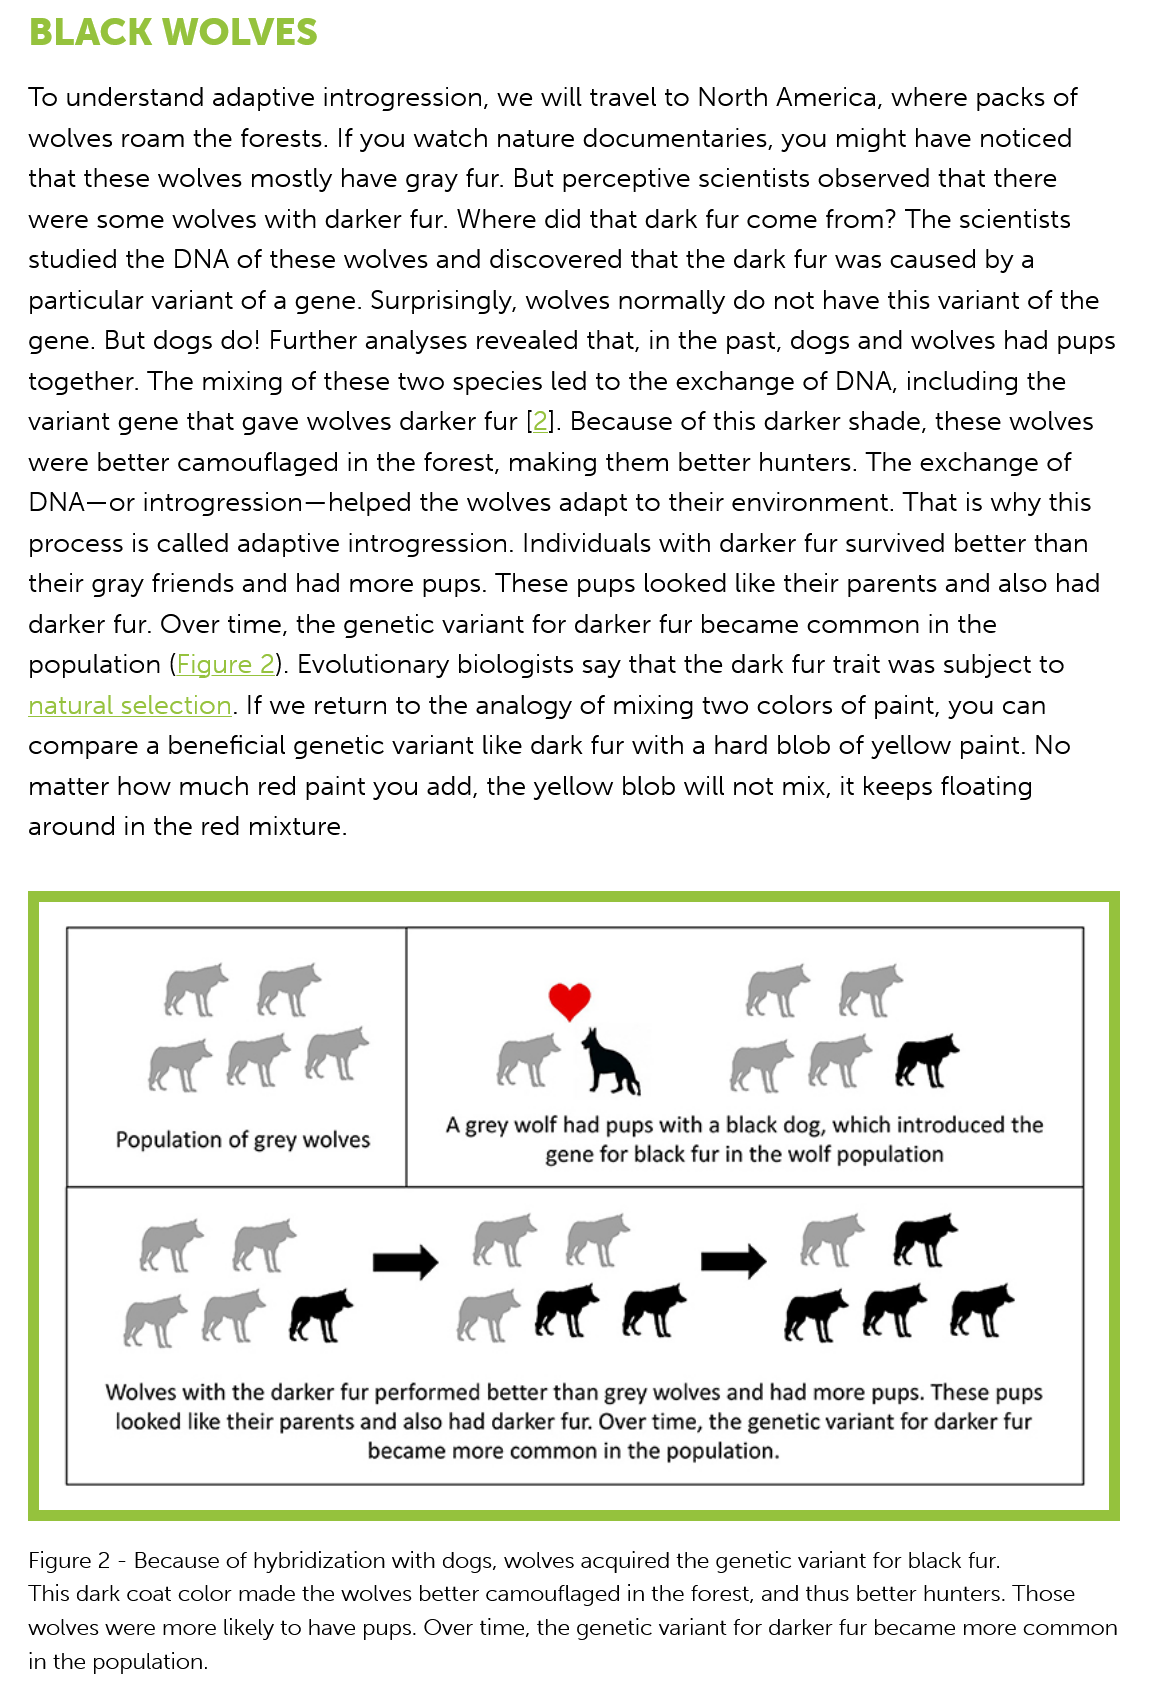
BLACK    WOLVES
     a@ad    ¥    et    ee
     A grey wolf had pups with a black dog, which introduced the
     Population of grey wolves
     gene for black fur in the wolf population
     ce    mee    om
     cet    ete    mete
     Wolves with the darker fur performed better than grey wolves and had more pups. These pups
     looked like their parents and also had darker fur. Over time, the genetic variant for darker fur
     became more common in the population.
   Figure 2
     -
     Because of hybridization with dogs, wolves acquired the genetic variant for black fur.
   This dark coat color made the wolves better camouflaged in the forest, and thus better hunters. Those
   wolves were more likely to have pups. Over time, the genetic variant for darker fur became more common
   in the population.
   To understand adaptive introgression, we will travel to North America, where packs of
   wolves roam  the forests. If you watch nature documentaries, you might have noticed
   that these wolves mostly have gray fur. But perceptive scientists observed that there
   were some  wolves with darker fur. Where did that dark fur come from? The scientists
   studied the DNA of these wolves and discovered that the dark fur was caused by a
   particular variant of a gene. Surprisingly, wolves normally do not have this variant of the
   gene. But dogs do! Further analyses revealed that, in the past, dogs and wolves had pup:
   together. The mixing of these two species led to the exchange of DNA, including the
   variant gene that gave wolves darker fur [2]. Because of this darker shade, these wolves
   were better camouflaged  in the forest, making them better hunters. The exchange of
   DNA~—or introgression—helped  the wolves adapt to their environment. That is why this
   process is called adaptive introgression. Individuals with darker fur survived better than
   their gray friends and had more pups. These pups looked like their parents and also had
   darker fur. Over time, the genetic variant for darker fur became common in the
   population (Figure 2). Evolutionary biologists say that the dark fur trait was subject to

   natural selection. If we return to the analogy of mixing two colors of paint, you can
   compare a  beneficial genetic variant like dark fur with a hard blob of yellow paint. No
   matter how  much red paint you add, the yellow blob will not mix, it keeps floating
   around in the red mixture.